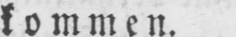
kommcn.